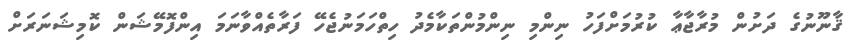
ޤާނޫނުގެ ދަށުން މުރާޖާޢާ ކުރުމަށްފަހު ނިންމި ނިންމުންތަކާމެދު ހިތްހަމަނުޖެހޭ ފަރާތެއްވާނަމަ އިންފޮމޭޝަން ކޮމިޝަނަރަށް